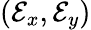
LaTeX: (\mathcal{E}_{x},\mathcal{E}_{y})